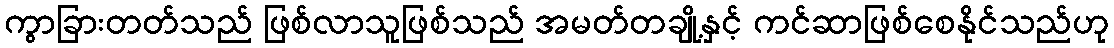
ကွာခြားတတ်သည် ဖြစ်လာသူဖြစ်သည် အမတ်တချို့နှင့် ကင်ဆာဖြစ်စေနိုင်သည်ဟု